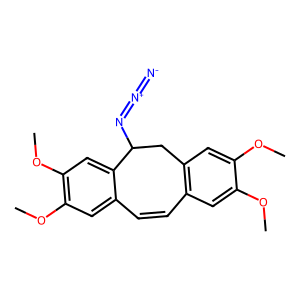
SMILES: COc1cc2c(cc1OC)CC(N=[N+]=[N-])c1cc(OC)c(OC)cc1C=C2
Inhibits HIV replication: No